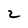
Character: 2